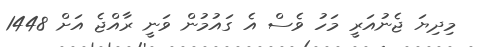
މިދިޔަ ޖެނުއަރީ މަހު ވެސް އެ ގައުމުން ވަނީ ރާއްޖެ އަށް 1448